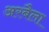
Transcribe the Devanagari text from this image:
अरबैला